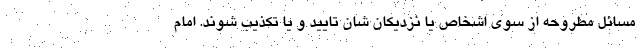
مسائل مطروحه از سوی اشخاص یا نزدیکان شان تایید و یا تکذیب شوند. امام